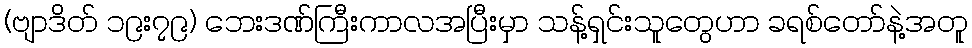
(ဗျာဒိတ် ၁၉း၇၉) ဘေးဒဏ်ကြီးကာလအပြီးမှာ သန့်ရှင်းသူတွေဟာ ခရစ်တော်နဲ့အတူ